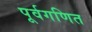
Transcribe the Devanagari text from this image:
पूर्वगणित